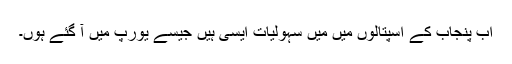
اب پنجاب کے اسپتالوں میں میں سہولیات ایسی ہیں جیسے یورپ میں آ گئے ہوں۔